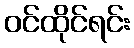
ဝင်ထိုင်ရင်း